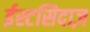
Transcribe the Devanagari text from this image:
ईस्टसिदाज़